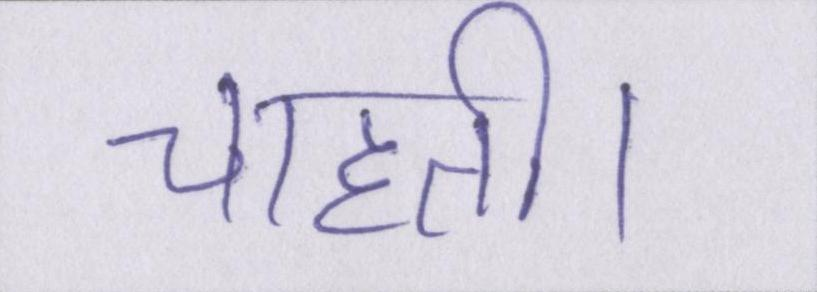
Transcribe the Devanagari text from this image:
चाहती।